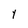
Character: i